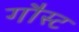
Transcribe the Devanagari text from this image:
गौस्ट